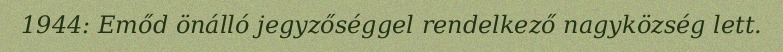
1944: Emőd önálló jegyzőséggel rendelkező nagyközség lett.